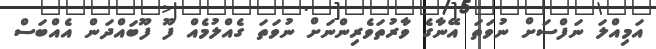
އަމިއްލަ ނަފްސަށް ނުވަތަ އޭނާގެ ވާރުތަވެރިންނަށް ނުވަތަ ގެއްލުމެއް ފޫ ފޫބައްދަން އެއްބަސް